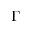
\Gamma